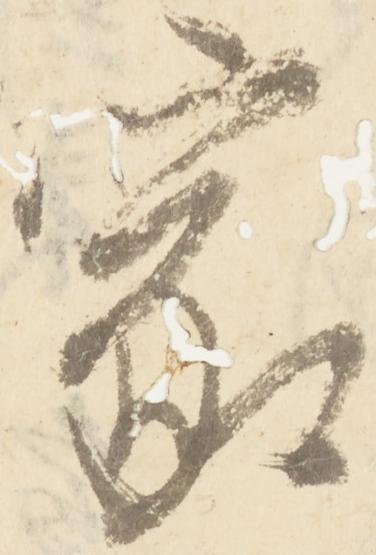
家